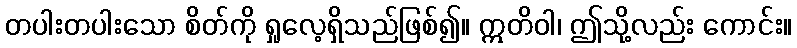
တပါးတပါးသော စိတ်ကို ရှုလေ့ရှိသည်ဖြစ်၍။ ဣတိဝါ၊ ဤသို့လည်း ကောင်း။